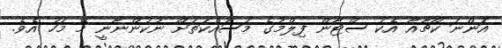
އަންނަ ކުޗާއާ އެކު ސްޓާން ފިލްމުގެ މަސައްކަތަށް ނުކުންނާނީ މޭ މަހު އެވެ.